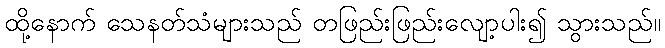
ထို့နောက် သေနတ်သံများသည် တဖြည်းဖြည်းလျော့ပါး၍ သွားသည်။